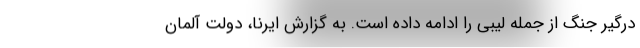
درگیر جنگ از جمله لیبی را ادامه داده ‌است. به گزارش ایرنا، دولت آلمان